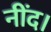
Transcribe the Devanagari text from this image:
नींद।